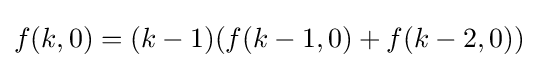
f(k,0)=(k-1)(f(k-1,0)+f(k-2,0))